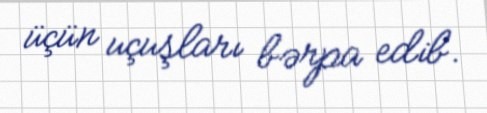
üçün uçuşları bərpa edib.